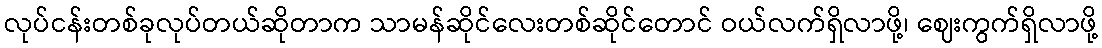
လုပ်ငန်းတစ်ခုလုပ်တယ်ဆိုတာက သာမန်ဆိုင်လေးတစ်ဆိုင်တောင် ဝယ်လက်ရှိလာဖို့၊ ဈေးကွက်ရှိလာဖို့